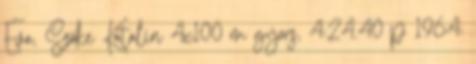
Éva, Szőke Katalin 4x100 m gyors, 4:24.40 p 1964: